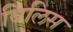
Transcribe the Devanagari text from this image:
बिलिस